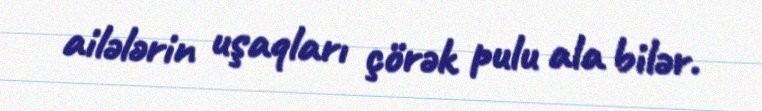
ailələrin uşaqları çörək pulu ala bilər.